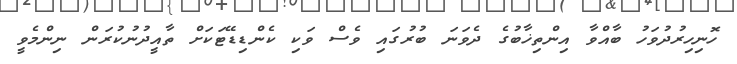
ހޮނިހިރުދުވަހު ބާއްވާ އިންތިޚާބުގެ ދެވަނަ ބުރުގައި ވެސް ވަކި ކެންޑިޑޭޓަކަށް ތާއީދުނުކުރަން ނިންމެވީ